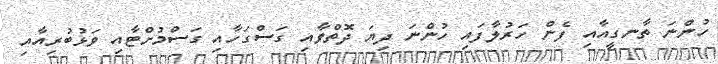
ހުންނަ ތާނގީއާއި ފެން ހަރުލާފައި ހުންނަ ދިޔަ ދޮތްވާއި ގަސްގަހާއި ގަސްމުށްޓާއި ވަޅުބުރިއާއި